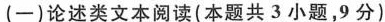
-}论述类文本阅读(本题共3小题，9分)